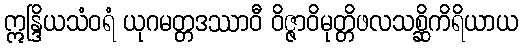
ဣန္ဒြိယသံဝရံ ယုဂမတ္တဒဿာဝီ ဝိဇ္ဇာဝိမုတ္တိဖလသစ္ဆိကိရိယာယ